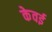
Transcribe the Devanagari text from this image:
केवई